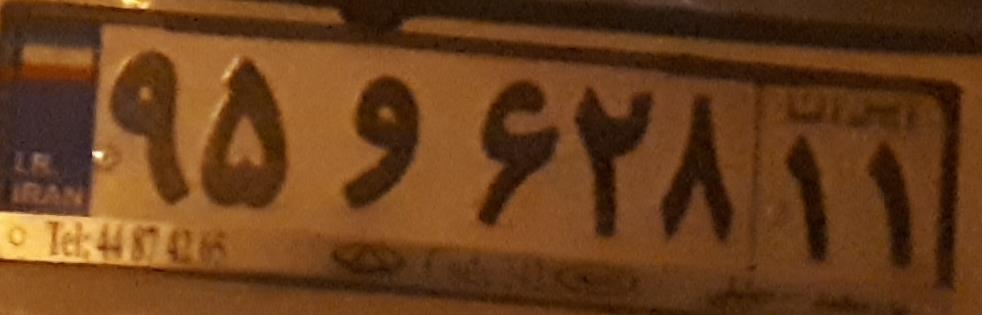
۹۵و۶۲۸۱۱